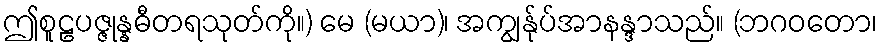
ဤစူဠပဇ္ဇုန္နဓီတရသုတ်ကို။) မေ (မယာ)၊ အကျွန်ုပ်အာနန္ဒာသည်။ (ဘဂဝတော၊